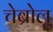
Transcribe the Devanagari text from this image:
चेब्रोलु